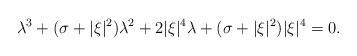
LaTeX: \begin{align*}\lambda^3+(\sigma+|\xi|^2)\lambda^2+2|\xi|^4\lambda+(\sigma+|\xi|^2)|\xi|^4=0.\end{align*}